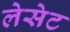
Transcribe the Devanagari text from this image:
लेसेट